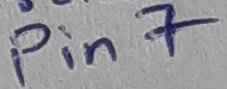
Text: Pin7